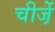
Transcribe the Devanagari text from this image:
चीजे़ें